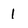
Character: 1